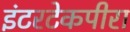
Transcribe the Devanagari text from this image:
इंटरटेकपीरा